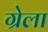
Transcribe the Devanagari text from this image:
ग्रेला